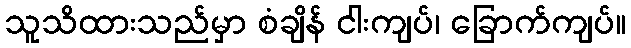
သူသိထားသည်မှာ စံချိန် ငါးကျပ်၊ ခြောက်ကျပ်။